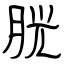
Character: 胱